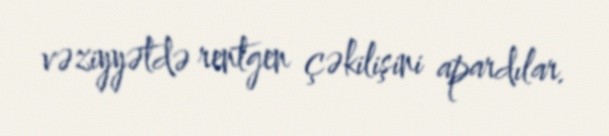
vəziyyətdə rentgen çəkilişini apardılar.